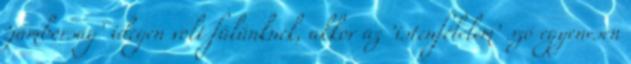
’jámborság’ idegen volt fülünknek, akkor az ’istenfélelem’ szó egyenesen